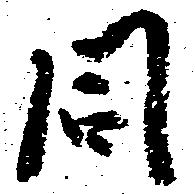
同